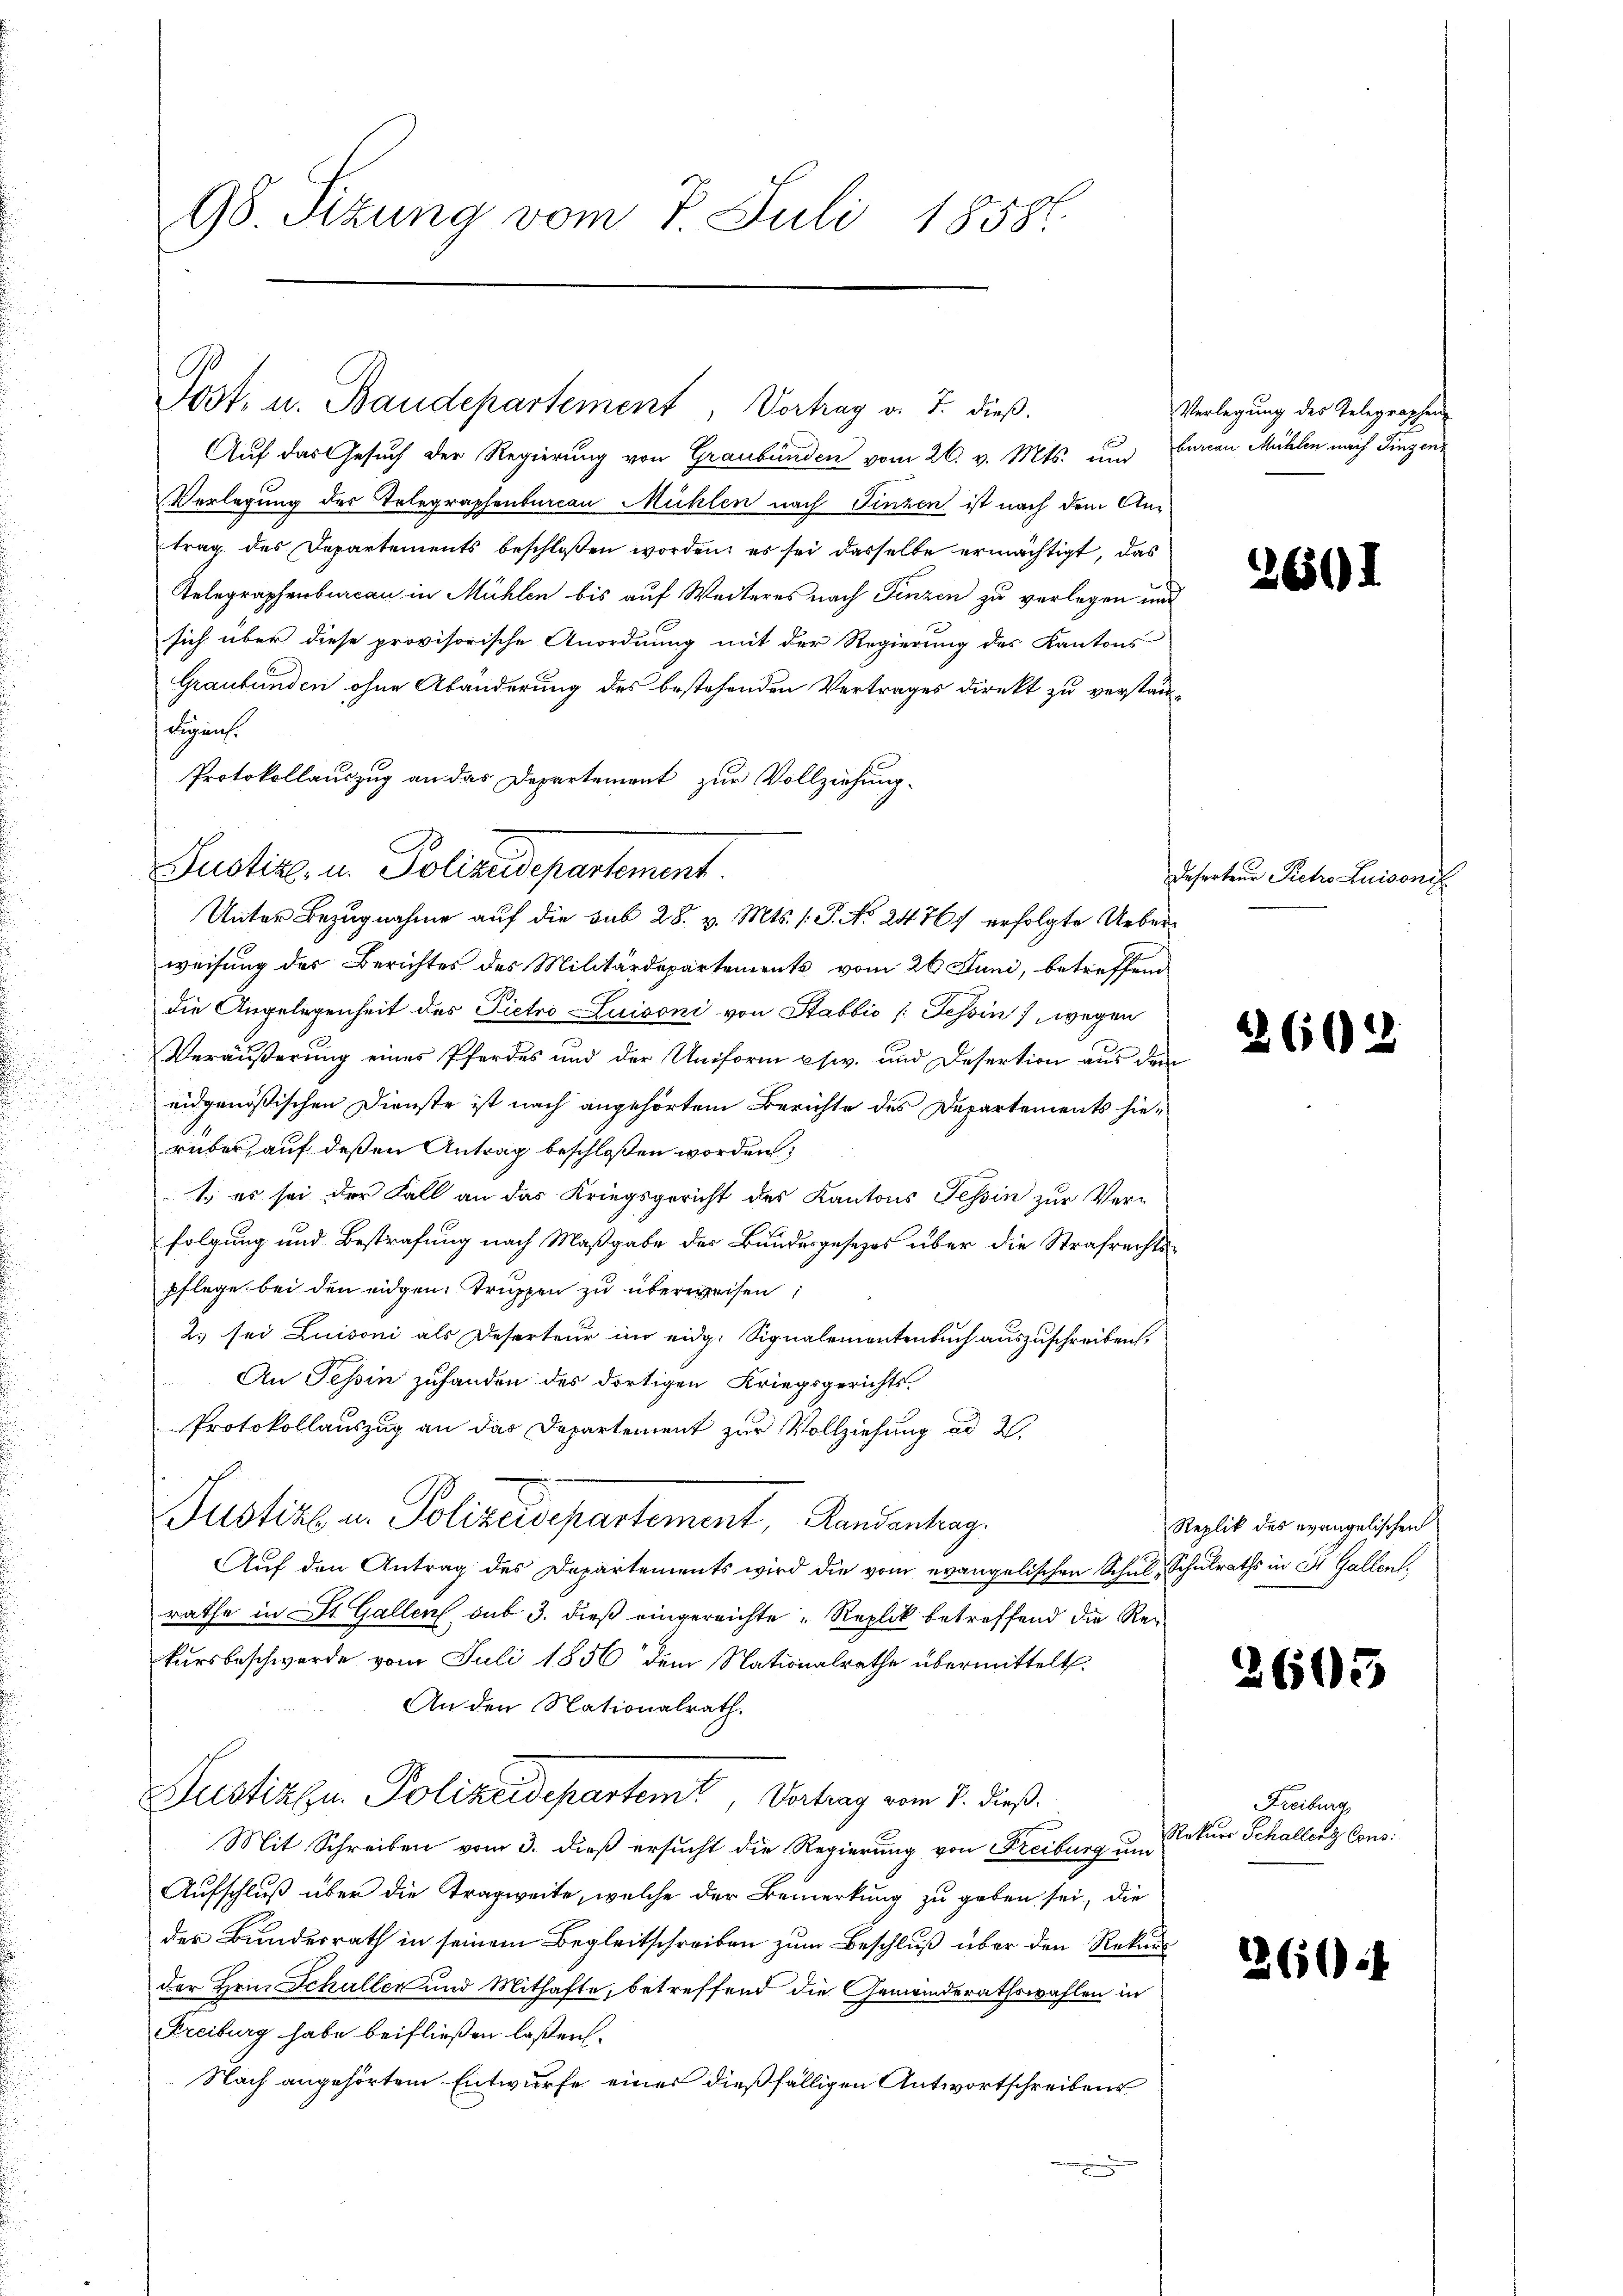
98. Sizung vom 7. Juli 1858.

Post. u. Baudepartement, Vortrag v. J. dieß.

Auf das Gesuch der Regierung von Graubünden vom 26. v. Mts. und Curau Mühlen nach Fingen
Verlegung des Telegraphenbureau Mühlen nach Finzen ist nach dem Antrag des Departements beschloßen worden; es sei dasselbe ermächtigt, das
Telegraphenbureau in Mühlen bis auf Weiteres nach Finzen zu verlegen und
sich über diese provisorische Anordnung mit der Regierung des Kantons
Graubünden ohne Abänderung des bestehenden Vertrages direkt zu verständigen.
Protokollauszug an das Departement zur Vollziehung.
weisung der Berichtes des Militärdepartements vom 26. Juni, betreffend
die Angelegenheit der Pietro Luisoni von Stabbić (Tessin, wegen
Veräußerung eines Pferdes und der Uniform usiv. und Desertion aus dem
eidgenößischen Dienste ist nach angehörtem Berichte des Departements hierüber auf deßen Antrag beschloßen worden;
1., es sei der Fall an das Kriegsgericht des Kantons Tessin zur Verfolgung und Bestrafung nach Maßgabe der Bundesgesezes über die Strafrechtspflege bei den eidgen. Truppen zu überweisen,
2. sei Luisoni als Deserteur im eidg. Signalementenbuch auszuschreiben,
An Tessin zufanden des dortigen Kriegsgerichts-
Protokollauszug an das Departement zur Vollziehung ad 2.
Justiz in Polizeisepartement, Landantrag.
Auf den Antrag des Departements wird die vom evangelischen Schul, Schulraths in St. Gallen.
rathe in St. Gallen sub 3. dieß eingereichte Replik betreffend die Rekursbeschwerde vom Juli 1856 dem Nationalrathe übermittelt.
An den Nationalrath.
Justiz zu Polizeidepartemt, Vertrag vom 1. dieß.
Mit Schreiben vom 3. dieß ersucht die Regierung von Freiburg um
Aufschluß über die Tragweite, welche der Bemerkung zu geben sei, die
der Bundesrath in seinem Begleitschreiben zum Beschluß über den Rekur
der Hrn. Schaller und Mithafte, betreffend die Gemeinderathswahlen in
Freiburg habe beifließen laßen.
Nach angehörtem Entwurfe einer dießfälligen Antwortschreibens

Justiz, in Polizeidepartement.
Unter Bezugnahme auf die sub 28. v. Mts. 1. P. No. 24767 erfolgte Ueber¬

Verlegung des Telegraphen

261

Deserteur Kehro Luisons

2662

Replik des evangelischen

2603

Freiburg
Rekurs Schaller Cons:

2604